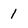
Character: 1